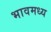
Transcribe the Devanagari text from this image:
भावमध्य